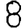
Digit: 8